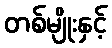
တစ်မျိုးနှင့်